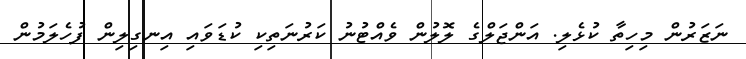
ނަޒަރުން މިހިތާ ކުޅެލި. އަންޖަލްގެ ލޮލުން ވެއްޓުނު ކަރުނަތިކި ކުޑަވައި އިނގިލިން ފުހެލަމުުން